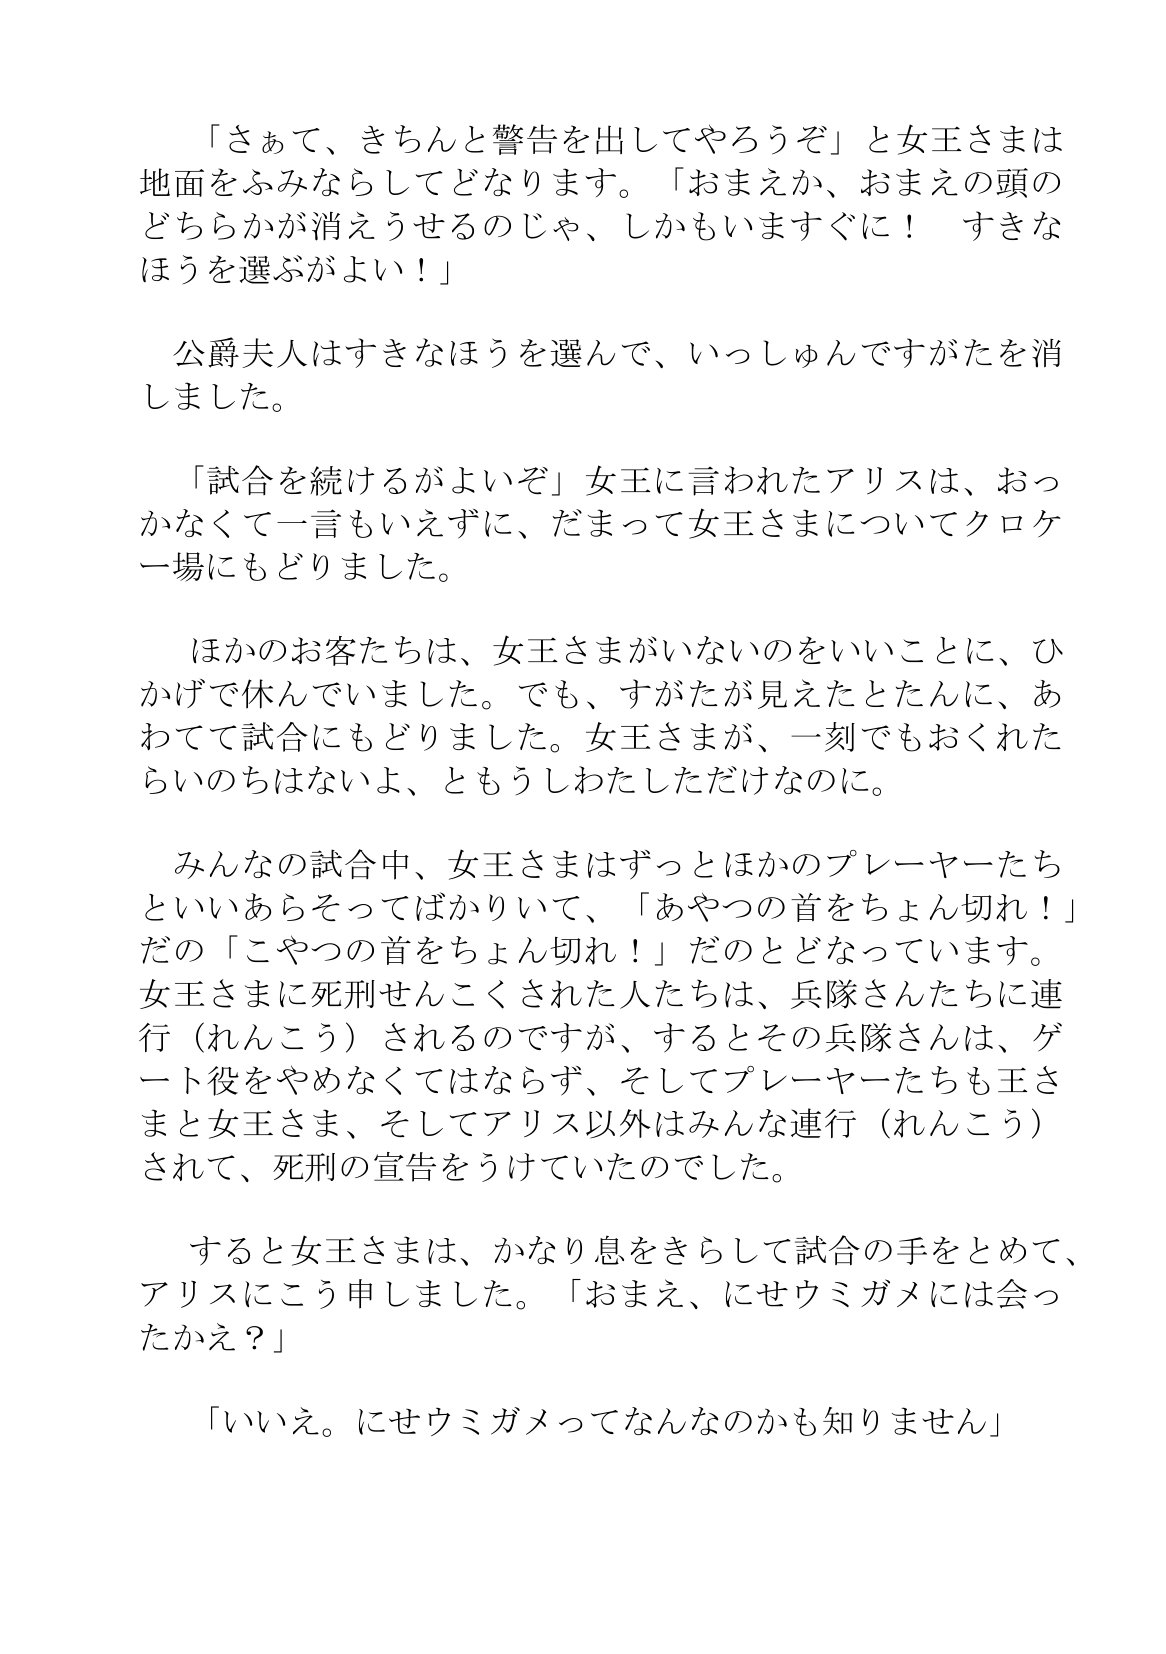
Language: ja